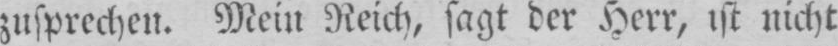
zusprechen. Mein Reich, sagt der Herr, ist nicht